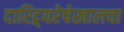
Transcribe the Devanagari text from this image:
दारिद्र्यरेषेखालचा